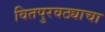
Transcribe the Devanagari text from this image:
वितपुरवठ्याचा